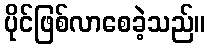
ပိုင်ဖြစ်လာစေခဲ့သည်။